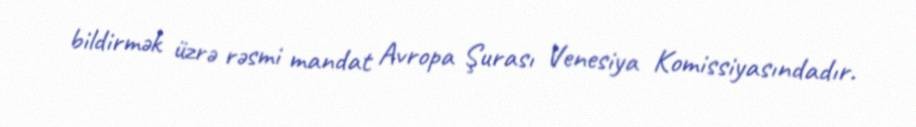
bildirmək üzrə rəsmi mandat Avropa Şurası Venesiya Komissiyasındadır.